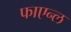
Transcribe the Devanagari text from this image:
फाएन्ल